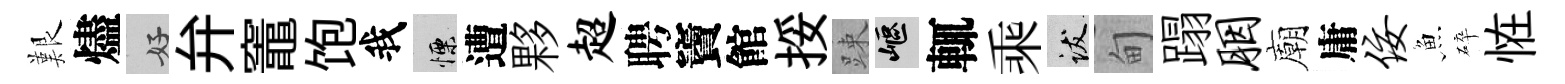
艱燼好弁竈饱我慄遭夥超聘竇館挼踈嶇輒乘跋甸蹋胭廟庸佞魚碎恠